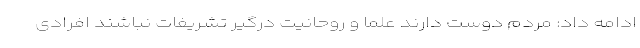
ادامه داد: مردم دوست دارند علما و روحانیت درگیر تشریفات نباشند افرادی